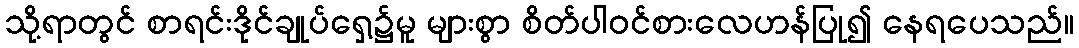
သို့ရာတွင် စာရင်းဒိုင်ချုပ်ရှေ့၌မူ များစွာ စိတ်ပါဝင်စားလေဟန်ပြု၍ နေရပေသည်။